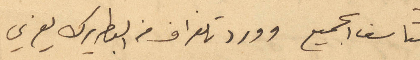
فتأسف الجميع وورد تلغراف من البطريرك يعزي